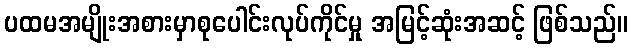
ပထမအမျိုးအစားမှာစုပေါင်းလုပ်ကိုင်မှု အမြင့်ဆုံးအဆင့် ဖြစ်သည်။